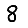
Digit: 8